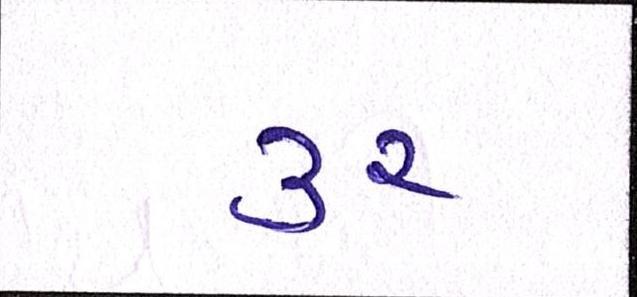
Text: ૩૨